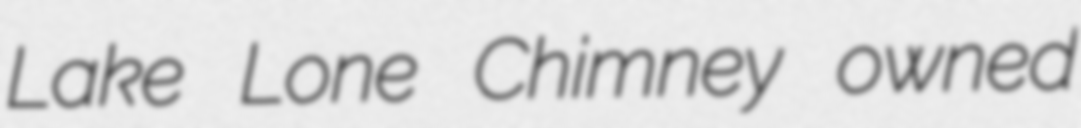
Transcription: Lake Lone Chimney owned